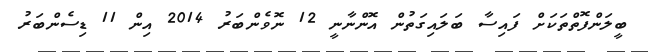
ބީލަންފޮތްތަކަށް ފައިސާ ބަލައިގަތުން އޮންނާނީ 12 ނޮވެންބަރު 2014 އިން 11 ޑިސެންބަރު